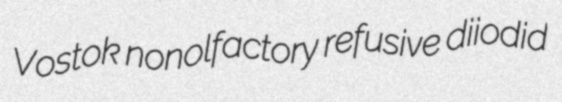
Vostok nonolfactory refusive diiodid